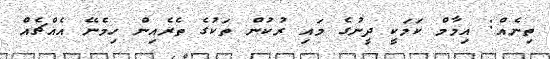
ތިނެއް: އިމާމް ކަމަކީ ދީނުގެ މައި ރުކުން ތަކުގެ ތެރެއިން ހިމެނޭ އެއްޗެއް